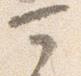
可